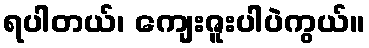
ရပါတယ်၊ ကျေးဇူးပါပဲကွယ်။